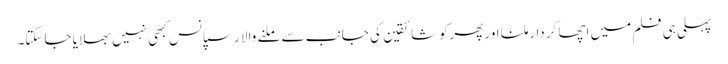
پہلی ہی فلم میں اچھا کردارملنا اورپھرکوشائقین کی جانب سے ملنے والا رسپانس کبھی نہیں بھلایا جاسکتا۔